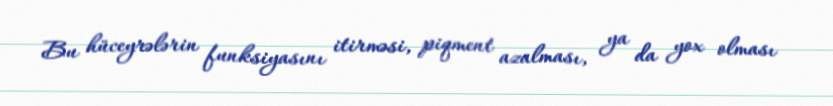
Bu hüceyrələrin funksiyasını itirməsi, piqment azalması, ya da yox olması